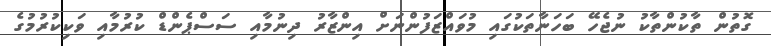
ގޮތުން ތާކުންތާކު ނުޖެހޭ ބަހަނާތަކުގައި މުވައްޒަފުންނަށް އިންޒާރު ދިނުމާއި ސަސްޕެންޑް ކުރުމާއި ވަކިކުރުމުގެ